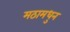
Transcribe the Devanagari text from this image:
मठामधुन